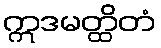
ဣဒမတ္ထိတံ